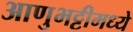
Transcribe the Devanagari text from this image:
आणुभट्टीमध्ये